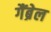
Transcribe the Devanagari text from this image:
गैंब्रेल